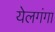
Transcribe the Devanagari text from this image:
येलगंगा